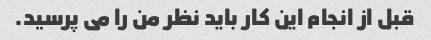
قبل از انجام این کار باید نظر من را می پرسید.